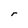
Character: r